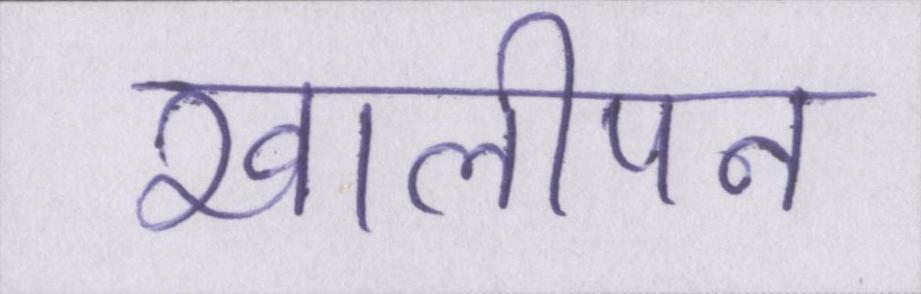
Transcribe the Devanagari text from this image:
खालीपन